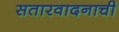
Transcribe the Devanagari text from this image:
सतारवादनाची